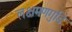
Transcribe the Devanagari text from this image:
लक्षमणगुडि